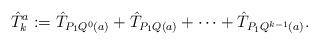
LaTeX: \begin{align*}\hat T_k^a:=\hat T_{P_1Q^0(a)}+\hat T_{P_1Q(a)}+\cdots+\hat T_{P_1Q^{k-1}(a)}.\end{align*}